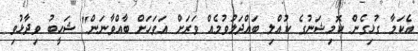
އެކަމާ ގުޅިގެން ކޮމިޝަނުގެ ކުއްލި ބައްދަލުވުމެއް ވަރަށް އަވަހަށް ބާއްވާނަން" ޝަހީބު ވިދާޅުވި